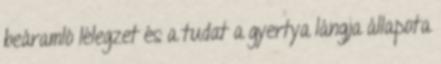
beáramló lélegzet és a tudat a gyertya lángja állapota